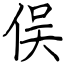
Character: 俣